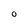
Character: O